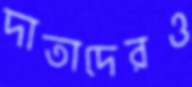
দাতাদেরও